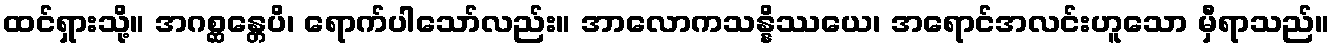
ထင်ရှားသို့။ အဂစ္ဆန္တေပိ၊ ရောက်ပါသော်လည်း။ အာလောကသန္နိဿယေ၊ အရောင်အလင်းဟူသော မှီရာသည်။